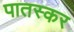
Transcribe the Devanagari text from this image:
पातस्कर